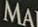
MA